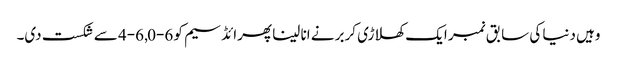
وہیں دنیا کی سابق نمبر ایک کھلاڑی کربر نے انا لینا پھرائڈسیم کو 6-0, 6-4 سے شکست دی۔